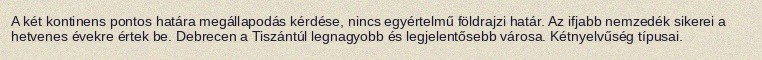
A két kontinens pontos határa megállapodás kérdése, nincs egyértelmű földrajzi határ. Az ifjabb nemzedék sikerei a hetvenes évekre értek be. Debrecen a Tiszántúl legnagyobb és legjelentősebb városa. Kétnyelvűség típusai.